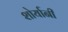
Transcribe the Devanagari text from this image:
शोर्यानी